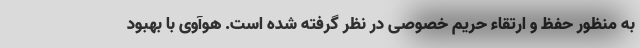
به منظور حفظ و ارتقاء حریم خصوصی در نظر گرفته شده است. هوآوی با بهبود